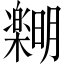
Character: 𪴞